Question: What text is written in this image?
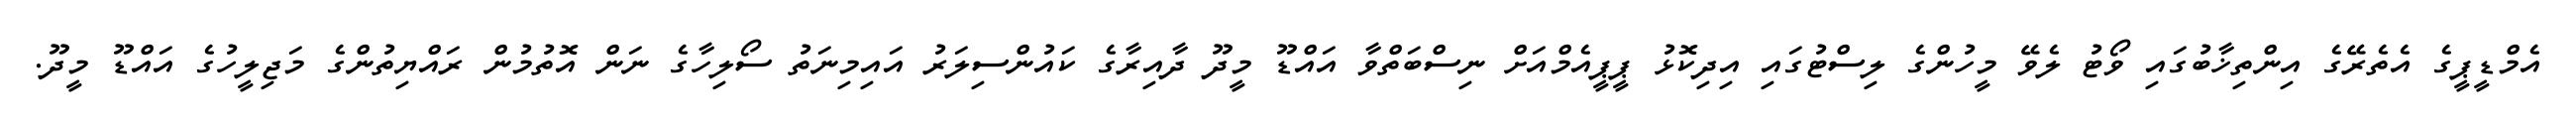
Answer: އެމްޑީޕީގެ އެތެރޭގެ އިންތިޚާބުގައި ވޯޓު ލެވޭ މީހުންގެ ލިސްޓުގައި އިދިކޮޅު ޕީޕީއެމްއަށް ނިސްބަތްވާ އައްޑޫ މީދޫ ދާއިރާގެ ކައުންސިލަރު އައިމިނަތު ސޯލިހާގެ ނަން އޮތުމުން ރައްޔިތުންގެ މަޖިލީހުގެ އައްޑޫ މީދޫ.